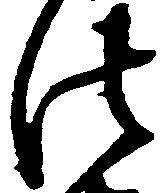
法